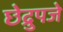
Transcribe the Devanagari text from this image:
छेद्रुपजे